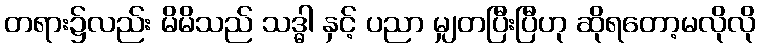
တရား၌လည်း မိမိသည် သဒ္ဓါ နှင့် ပညာ မျှတပြီးပြီဟု ဆိုရတော့မလိုလို